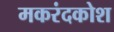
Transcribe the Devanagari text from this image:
मकरंदकोश